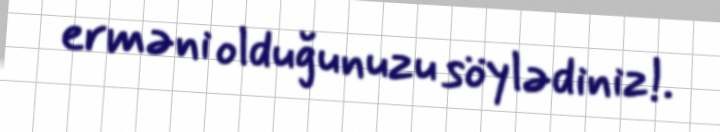
erməni olduğunuzu söylədiniz!.